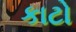
કાટો